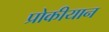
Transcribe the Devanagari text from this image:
प्रोकीयान